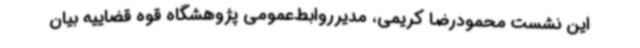
این نشست محمودرضا کریمی، مدیرروابط‌عمومی پژوهشگاه قوه قضاییه بیان